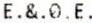
E.&.0.E.